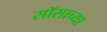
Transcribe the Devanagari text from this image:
सॉसाच्या